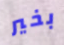
بخير